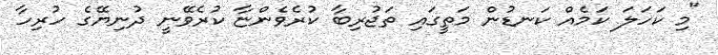
"މި ކަހަލަ ކަމެއް ކަނޑުން މަތީގައި ތަޖުރިބާ ކުރެވެންޏާ ކުރެވޭނީ ދުނިޔޭގެ ހުރިހާ